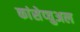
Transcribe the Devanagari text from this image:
कांसेप्चुअल